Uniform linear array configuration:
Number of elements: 16
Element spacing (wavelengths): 0.75
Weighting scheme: binomial
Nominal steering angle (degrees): -60
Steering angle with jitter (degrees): -60.885
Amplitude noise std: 0.05
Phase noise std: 0.05

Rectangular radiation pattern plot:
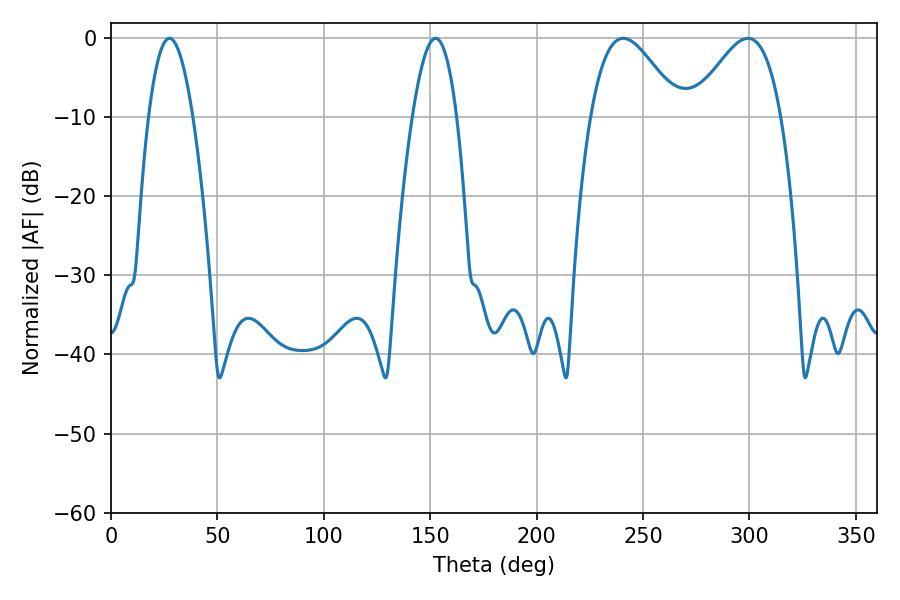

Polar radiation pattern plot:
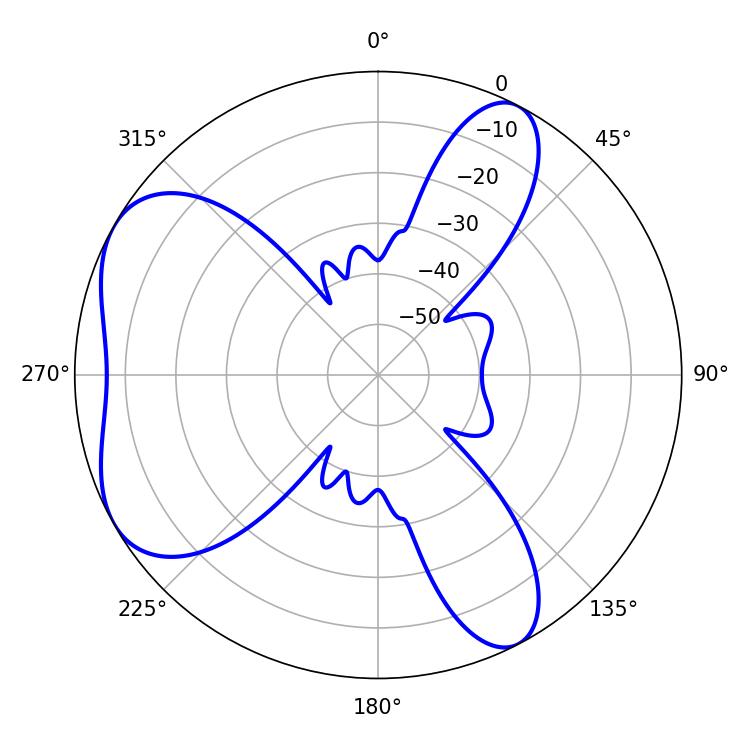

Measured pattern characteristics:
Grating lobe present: TRUE
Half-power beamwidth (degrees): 22.14
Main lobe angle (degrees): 299.34